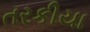
તરકીયા